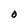
Character: O